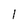
Character: 1